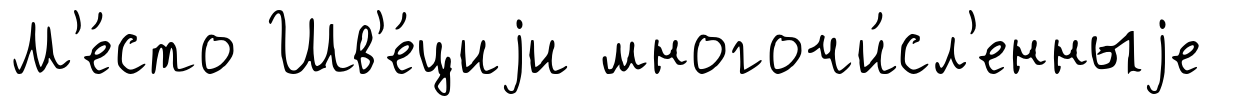
М'е́сто Шв'е́циjи многочи́сл'енныjе